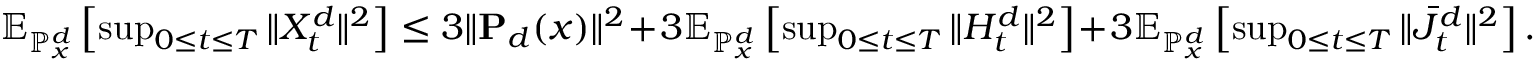
\begin{array} { r } { \mathbb { E } _ { \mathbb { P } _ { x } ^ { d } } \left[ \operatorname* { s u p } _ { 0 \leq t \leq T } \| X _ { t } ^ { d } \| ^ { 2 } \right] \leq 3 \| \mathbf { P } _ { d } ( x ) \| ^ { 2 } \! + \! 3 \mathbb { E } _ { \mathbb { P } _ { x } ^ { d } } \left[ \operatorname* { s u p } _ { 0 \leq t \leq T } \| H _ { t } ^ { d } \| ^ { 2 } \right] \! + \! 3 \mathbb { E } _ { \mathbb { P } _ { x } ^ { d } } \left[ \operatorname* { s u p } _ { 0 \leq t \leq T } \| \bar { J } _ { t } ^ { d } \| ^ { 2 } \right] . } \end{array}